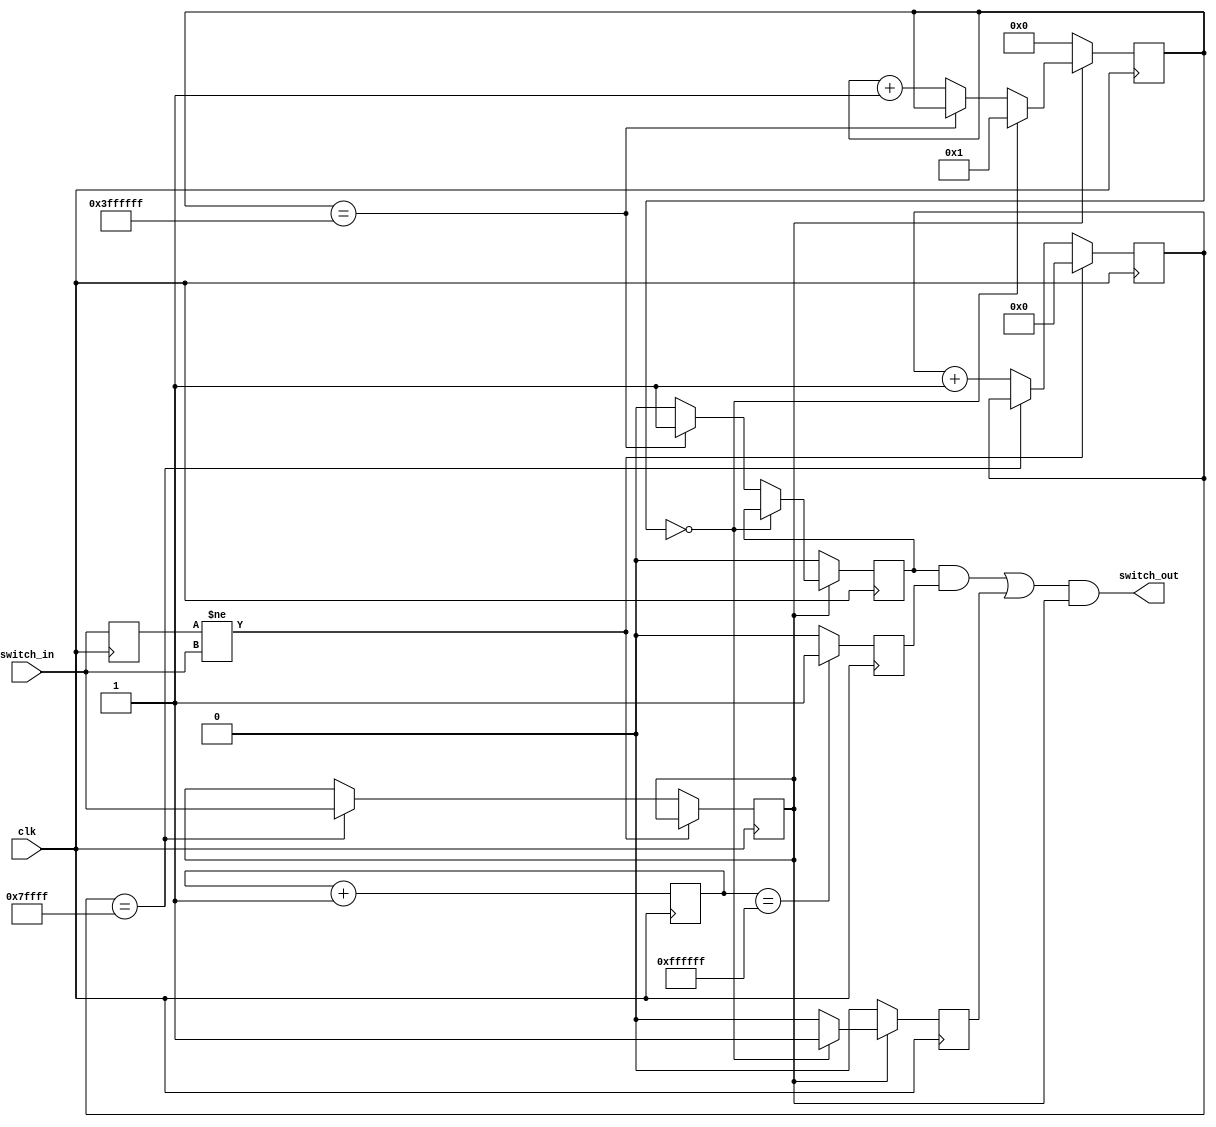
module switch_debounce
(
  input clk,
  input switch_in,
  output wire switch_out
);

assign switch_out = (((fast_enable && fast_out) || hit1) && jitter_filter);

reg jitter_filter;
reg [18:0]jitter_counter;
reg switch_prev;
always @(posedge clk) begin
  switch_prev <= switch_in;
  if (switch_prev != switch_in)
    jitter_counter <= 0;
  else if (jitter_counter == 19'hFFFFF)
    jitter_filter <= switch_in;
  else
    jitter_counter <= jitter_counter + 1;
end


reg hit1;
reg fast_enable;
reg [25:0]cnt;
always @(posedge clk) begin
  if (jitter_filter == 1)
  begin
    if (cnt == 0)
    begin
      hit1 <= 1;
      cnt <= 1;
    end
    else if (cnt == 26'hFFFFFFF)
    begin
      fast_enable <= 1;
      hit1 <= 0;
    end
    else
    begin
      fast_enable <= 0;
      cnt <= cnt + 1;
      hit1 <= 0;
    end
  end
  else
  begin
    fast_enable <= 0;
    cnt = 0;
    hit1 <= 0;
  end
end

reg [23:0]fast_cycle;
reg fast_out;
always @(posedge clk)begin
  fast_cycle <= fast_cycle + 1;
  if (fast_cycle == 24'hFFFFFF)
    fast_out <= 1;
  else
    fast_out <= 0;
end


endmodule